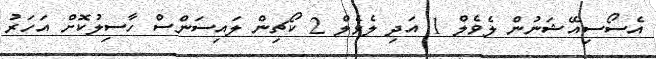
އެސޯސިއޭޝަނުން ލެވެލް 1 އަދި ލެވެލް 2 ކޯޗިން ލައިސަންސް ހާސިލުކޮށް އަހަރު